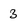
Character: 3